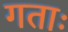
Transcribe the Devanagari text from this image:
गताः